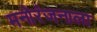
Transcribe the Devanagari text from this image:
मनोरंजनाला